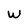
Character: W